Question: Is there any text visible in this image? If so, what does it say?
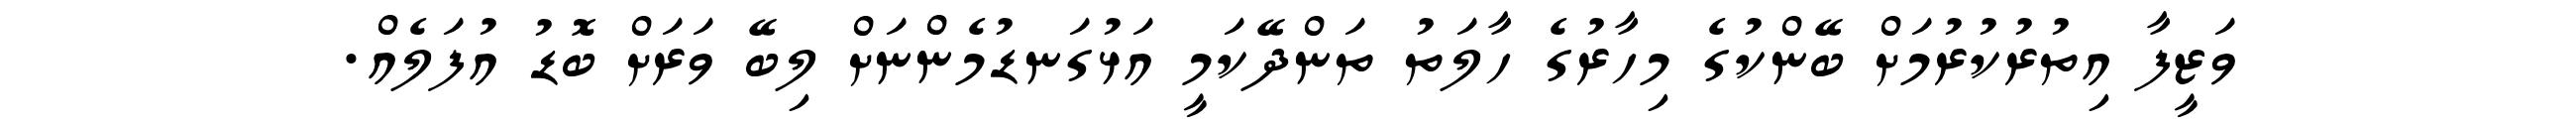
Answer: ވަޒީފާ އިތުރުކުރުމަށް ބޭންކުގެ މިހާރުގެ ހާލަތު ތަންދޭކަމީ އަޅުގަނޑުމެންނަށް ލިބޭ ވަރަށް ބޮޑު އުފަލެއް.